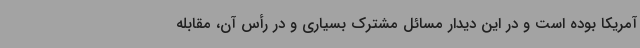
آمریکا بوده است و در این دیدار مسائل مشترک بسیاری و در رأس آن، مقابله